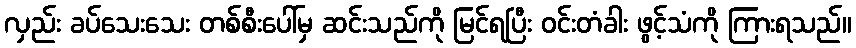
လှည်း ခပ်သေးသေး တစ်စီးပေါ်မှ ဆင်းသည်ကို မြင်ရပြီး ဝင်းတံခါး ဖွင့်သံကို ကြားရသည်။